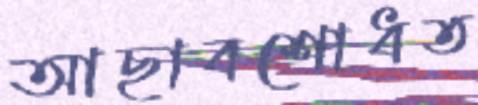
আছাবশোধত